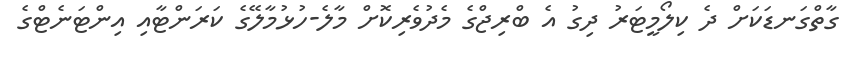
ގާތްގަނޑަކަށް ދެ ކިލޯމީޓަރު ދިގު އެ ބްރިޖްގެ މެދުވެރިކޮށް މާލެ-ހުޅުމާލޭގެ ކަރަންޓާއި އިންޓަނެޓްގެ